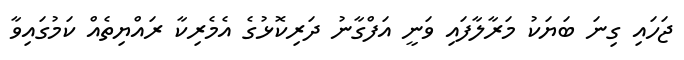
ޖަހައި ގިނަ ބަޔަކު މަރާލާފައި ވަނީ އަފްގާނު ދަރިކޮޅުގެ އެމެރިކާ ރައްޔިތެއް ކަމުގައިވާ